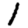
Digit: 1